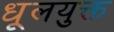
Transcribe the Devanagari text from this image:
धूलयुक्त